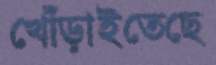
খোঁড়াইতেছে